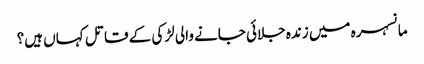
مانسہرہ میں زندہ جلائی جانے والی لڑکی کے قاتل کہاں ہیں؟